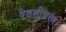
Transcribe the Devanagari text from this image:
रेवतीशरण